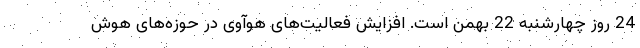
24 روز چهارشنبه 22 بهمن است. افزایش فعالیت‌های هوآوی در حوزه‌های هوش